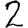
Digit: 2